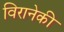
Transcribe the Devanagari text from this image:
विरानेकी